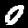
Label: 0